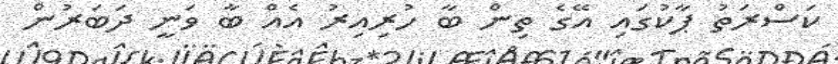
ކަސްރަތު ޕާކުގައި އޭގެ ތިން ބާ ހުރިއިރު އެއް ބާ ވަނީ ދަބަރުން